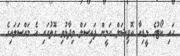
ހައި ކޯޓުގެ މީޑިއާ އޮފިޝަލް އަމީން ފައިސަލް ވިދާޅުވި ގޮތުގައި އެ މައްސަލައިގެ